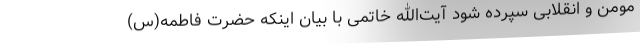
مومن و انقلابی سپرده شود آیت‌الله خاتمی با بیان اینکه حضرت فاطمه(س)